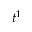
t ^ { 1 }